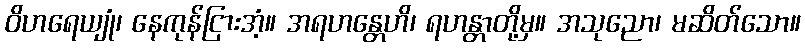
ဝိဟရေယျုံ၊ နေကုန်ငြားအံ့။ အရဟန္တေဟိ၊ ရဟန္တာတို့မှ။ အသုညော၊ မဆိတ်သော။